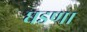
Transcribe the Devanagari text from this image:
घडणा